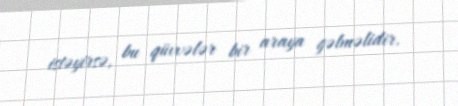
istəyirsə, bu qüvvələr bir araya gəlməlidir.